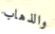
والذهاب